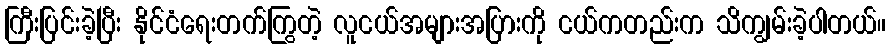
ကြီးပြင်းခဲ့ပြီး နိုင်ငံရေးတက်ကြွတဲ့ လူငယ်အများအပြားကို ငယ်ကတည်းက သိကျွမ်းခဲ့ပါတယ်။